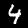
Digit: 4